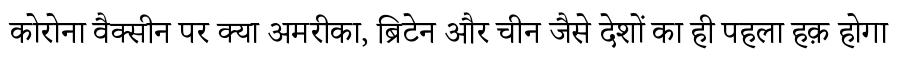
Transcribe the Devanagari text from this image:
कोरोना वैक्सीन पर क्या अमरीका, ब्रिटेन और चीन जैसे देशों का ही पहला हक़ होगा